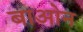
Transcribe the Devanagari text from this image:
बाओन